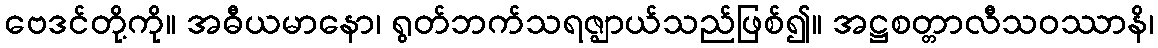
ဗေဒင်တို့ကို။ အဓီယမာနော၊ ရွတ်ဘက်သရဇ္ဈာယ်သည်ဖြစ်၍။ အဋ္ဌစတ္တာလီသဝဿာနိ၊